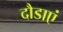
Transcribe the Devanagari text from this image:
दौडाएं